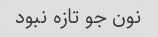
نون جو تازه نبود